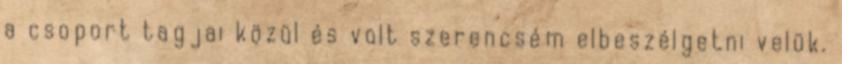
a csoport tagjai közül és volt szerencsém elbeszélgetni velük.